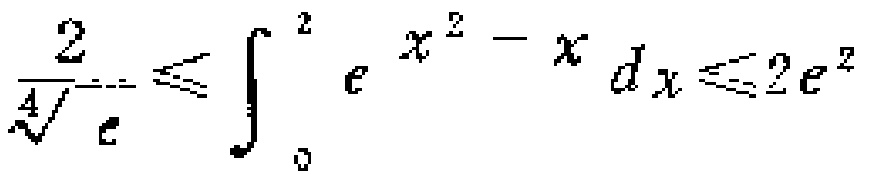
$\frac{2}{\sqrt[4]{e}}\leqslant\int_{0}^{2}e^{x^{2}-x}dx\leqslant2e^{2}$